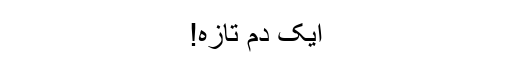
ایک دم تازہ!